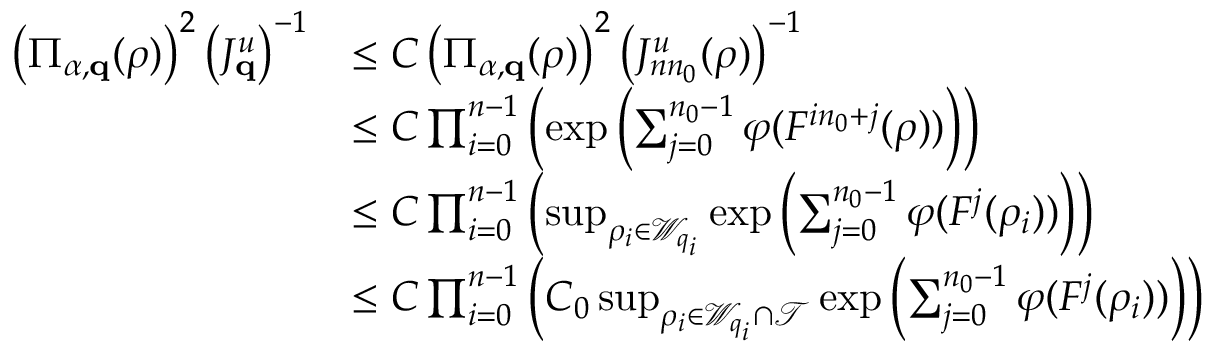
\begin{array} { r l } { \left( \Pi _ { \alpha , \mathbf { q } } ( \rho ) \right) ^ { 2 } \left( J _ { \mathbf { q } } ^ { u } \right) ^ { - 1 } } & { \leq C \left( \Pi _ { \alpha , \mathbf { q } } ( \rho ) \right) ^ { 2 } \left( J _ { n n _ { 0 } } ^ { u } ( \rho ) \right) ^ { - 1 } } \\ & { \leq C \prod _ { i = 0 } ^ { n - 1 } \left( \exp \left( \sum _ { j = 0 } ^ { n _ { 0 } - 1 } \varphi ( F ^ { i n _ { 0 } + j } ( \rho ) ) \right) \right) } \\ & { \leq C \prod _ { i = 0 } ^ { n - 1 } \left( \operatorname* { s u p } _ { \rho _ { i } \in \mathcal { W } _ { q _ { i } } } \exp \left( \sum _ { j = 0 } ^ { n _ { 0 } - 1 } \varphi ( F ^ { j } ( \rho _ { i } ) ) \right) \right) } \\ & { \leq C \prod _ { i = 0 } ^ { n - 1 } \left( C _ { 0 } \operatorname* { s u p } _ { \rho _ { i } \in \mathcal { W } _ { q _ { i } } \cap \mathcal { T } } \exp \left( \sum _ { j = 0 } ^ { n _ { 0 } - 1 } \varphi ( F ^ { j } ( \rho _ { i } ) ) \right) \right) } \end{array}